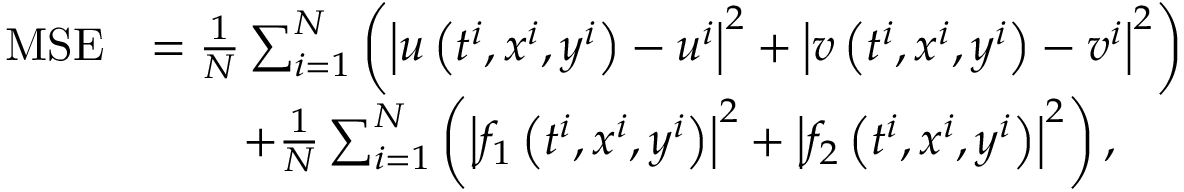
\begin{array} { r l } { \mathrm { M S E } } & { = \frac { 1 } { N } \sum _ { i = 1 } ^ { N } \left( \left| u \left( t ^ { i } , x ^ { i } , y ^ { i } \right) - u ^ { i } \right| ^ { 2 } + \left| v \left( t ^ { i } , x ^ { i } , y ^ { i } \right) - v ^ { i } \right| ^ { 2 } \right) } \\ & { \qquad + \frac { 1 } { N } \sum _ { i = 1 } ^ { N } \left( \left| f _ { 1 } \left( t ^ { i } , x ^ { i } , y ^ { i } \right) \right| ^ { 2 } + \left| f _ { 2 } \left( t ^ { i } , x ^ { i } , y ^ { i } \right) \right| ^ { 2 } \right) , } \end{array}